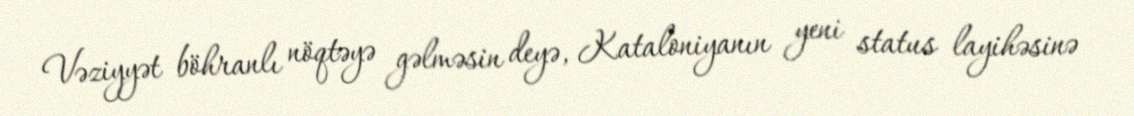
Vəziyyət böhranlı nöqtəyə gəlməsin deyə, Kataloniyanın yeni status layihəsinə